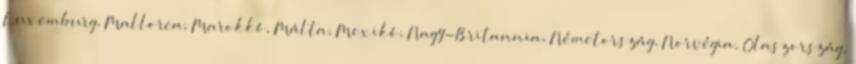
Luxemburg, Mallorca, Marokkó, Málta, Mexikó, Nagy-Britannia, Németország, Norvégia, Olaszország,